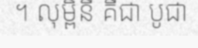
។ លុម្ពិនី គឺជា បូជា